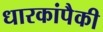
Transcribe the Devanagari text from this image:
धारकांपैकी